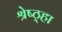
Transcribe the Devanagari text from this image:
श्रेष्ठ्हा